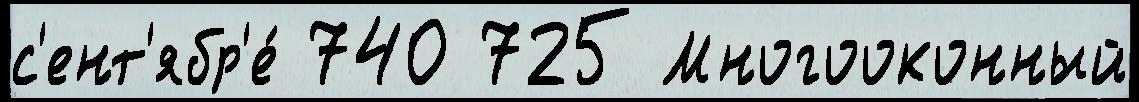
с'ент'ябр'е́ 740 725 Многооконный